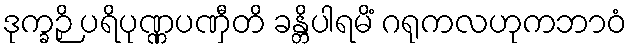
ဒုက္ခဉှိ ပရိပုဏ္ဏပဏှီတိ ခန္တိပါရမိံ ဂရုကလဟုကဘာဝံ